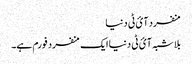
منفرد آئ ٹی دنیا
بلاشبہ آئ ٹی دنیا ایک منفرد فورم ہے۔